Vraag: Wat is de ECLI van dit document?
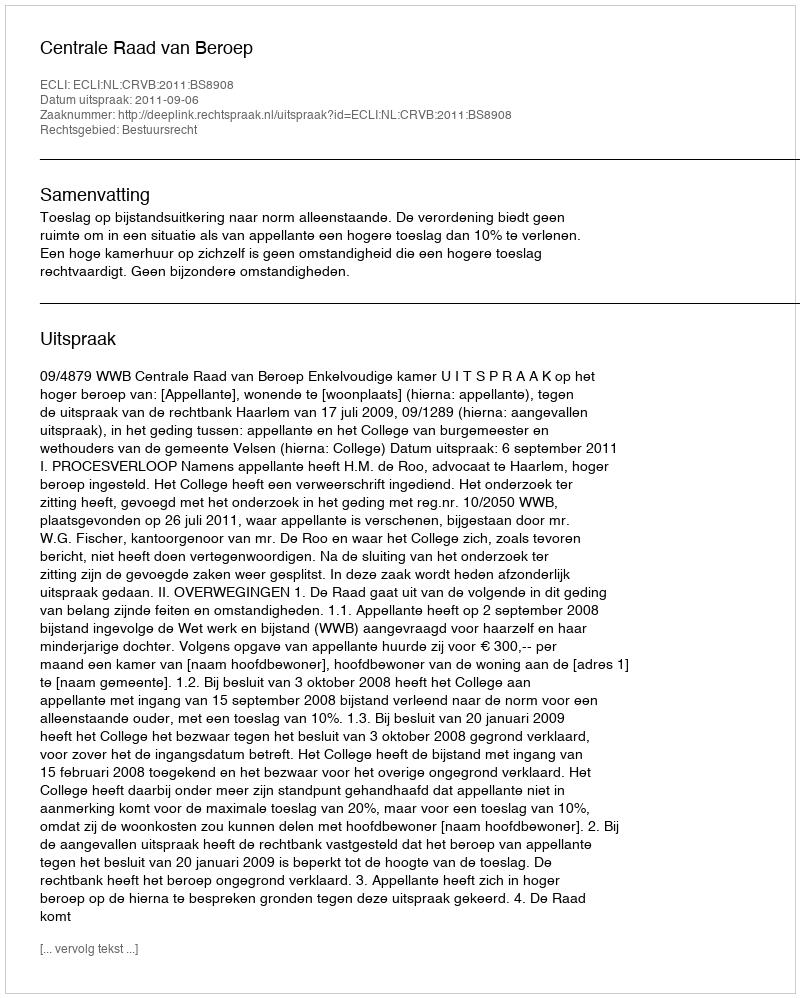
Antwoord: ECLI:NL:CRVB:2011:BS8908